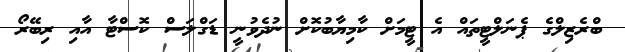
ބްރެޒިލްގެ ޕެނަލްޓީތައް އެ ޓީމަށް ކާމިޔާބުކޮށް ނުދެވުނީ ޑަގްލަސް ކޮސްޓާ އާއި ރިބޭރޯ